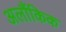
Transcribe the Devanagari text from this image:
अलौंकिक